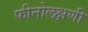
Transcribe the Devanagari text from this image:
फीनोलक्षणी